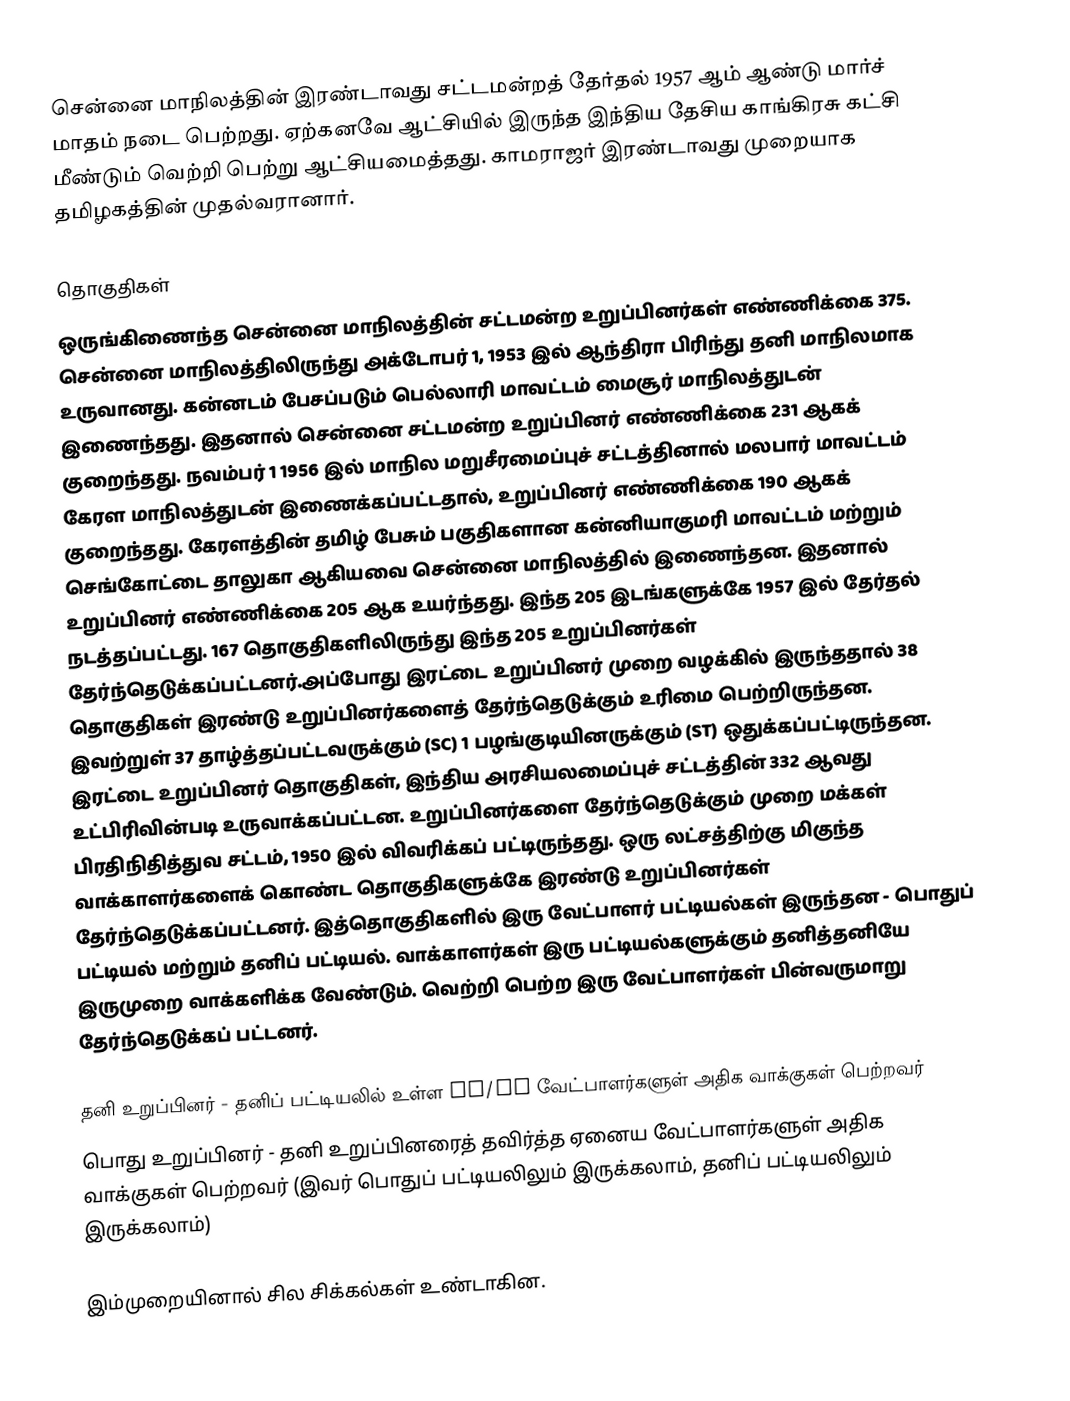
சென்னை மாநிலத்தின் இரண்டாவது சட்டமன்றத் தேர்தல் 1957 ஆம் ஆண்டு மார்ச் மாதம் நடை பெற்றது. ஏற்கனவே ஆட்சியில் இருந்த இந்திய தேசிய காங்கிரசு கட்சி மீண்டும் வெற்றி பெற்று ஆட்சியமைத்தது. காமராஜர் இரண்டாவது முறையாக தமிழகத்தின் முதல்வரானார்.

தொகுதிகள்
ஒருங்கிணைந்த சென்னை மாநிலத்தின் சட்டமன்ற உறுப்பினர்கள் எண்ணிக்கை 375. சென்னை மாநிலத்திலிருந்து அக்டோபர் 1, 1953 இல் ஆந்திரா பிரிந்து தனி மாநிலமாக உருவானது. கன்னடம் பேசப்படும் பெல்லாரி மாவட்டம் மைசூர் மாநிலத்துடன் இணைந்தது. இதனால் சென்னை சட்டமன்ற உறுப்பினர் எண்ணிக்கை 231 ஆகக் குறைந்தது. நவம்பர் 1 1956 இல் மாநில மறுசீரமைப்புச் சட்டத்தினால் மலபார் மாவட்டம் கேரள மாநிலத்துடன் இணைக்கப்பட்டதால், உறுப்பினர் எண்ணிக்கை 190 ஆகக் குறைந்தது. கேரளத்தின் தமிழ் பேசும் பகுதிகளான கன்னியாகுமரி மாவட்டம் மற்றும் செங்கோட்டை தாலுகா ஆகியவை சென்னை மாநிலத்தில் இணைந்தன. இதனால் உறுப்பினர் எண்ணிக்கை 205 ஆக உயர்ந்தது. இந்த 205 இடங்களுக்கே 1957 இல் தேர்தல் நடத்தப்பட்டது. 167 தொகுதிகளிலிருந்து இந்த 205 உறுப்பினர்கள் தேர்ந்தெடுக்கப்பட்டனர்.அப்போது இரட்டை உறுப்பினர் முறை வழக்கில் இருந்ததால் 38 தொகுதிகள் இரண்டு உறுப்பினர்களைத் தேர்ந்தெடுக்கும் உரிமை பெற்றிருந்தன. இவற்றுள் 37 தாழ்த்தப்பட்டவருக்கும் (SC) 1 பழங்குடியினருக்கும் (ST) ஒதுக்கப்பட்டிருந்தன. இரட்டை உறுப்பினர் தொகுதிகள், இந்திய அரசியலமைப்புச் சட்டத்தின் 332 ஆவது உட்பிரிவின்படி உருவாக்கப்பட்டன. உறுப்பினர்களை தேர்ந்தெடுக்கும் முறை மக்கள் பிரதிநிதித்துவ சட்டம், 1950 இல் விவரிக்கப் பட்டிருந்தது. ஒரு லட்சத்திற்கு மிகுந்த வாக்காளர்களைக் கொண்ட தொகுதிகளுக்கே இரண்டு உறுப்பினர்கள் தேர்ந்தெடுக்கப்பட்டனர். இத்தொகுதிகளில் இரு வேட்பாளர் பட்டியல்கள் இருந்தன - பொதுப் பட்டியல் மற்றும் தனிப் பட்டியல். வாக்காளர்கள் இரு பட்டியல்களுக்கும் தனித்தனியே இருமுறை வாக்களிக்க வேண்டும். வெற்றி பெற்ற இரு வேட்பாளர்கள் பின்வருமாறு தேர்ந்தெடுக்கப் பட்டனர்.

 தனி உறுப்பினர் - தனிப் பட்டியலில் உள்ள SC/ST வேட்பாளர்களுள் அதிக வாக்குகள் பெற்றவர்
 பொது உறுப்பினர் - தனி உறுப்பினரைத் தவிர்த்த ஏனைய வேட்பாளர்களுள் அதிக வாக்குகள் பெற்றவர் (இவர் பொதுப் பட்டியலிலும் இருக்கலாம், தனிப் பட்டியலிலும் இருக்கலாம்)

இம்முறையினால் சில சிக்கல்கள் உண்டாகின.